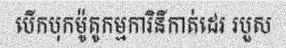
បើកបុកម៉ូតូកម្មការិនីកាត់ដេរ របួស